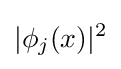
|\phi _{j}(x)|^{2}